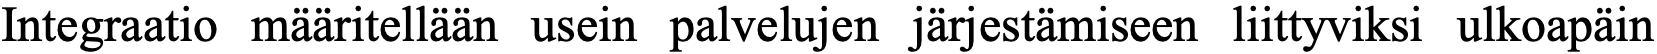
Integraatio määritellään usein palvelujen järjestämiseen liittyviksi ulkoapäin